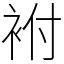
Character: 袝